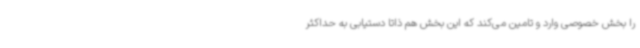
را بخش خصوصی وارد و تامین می‌کند که این بخش هم ذاتا دستیابی به حداکثر